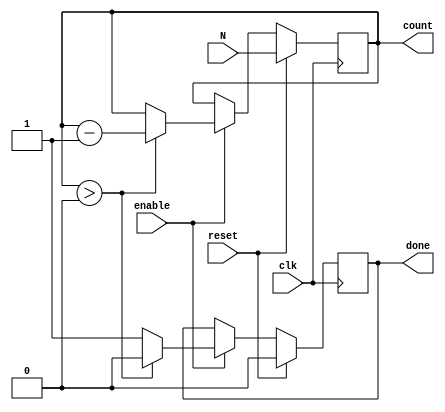
module down_counter (
    input wire clk,          // Clock signal
    input wire reset,        // Synchronous reset signal
    input wire enable,       // Enable signal for counting
    input wire [7:0] N,     // Initial value for the counter (8 bits wide)
    output reg [7:0] count,  // Current count value (8 bits wide)
    output reg done         // Done signal indicating count has reached zero
);

    // Internal register to hold the current count value
    reg [7:0] current_count;

    always @(posedge clk) begin
        // Synchronous reset
        if (reset) begin
            current_count <= N;  // Load initial value N
            done <= 1'b0;        // Reset done signal
        end else if (enable) begin
            if (current_count > 0) begin
                current_count <= current_count - 1; // Decrement the count
                done <= 1'b0;                        // Not done yet
            end else begin
                done <= 1'b1;                        // Assert done signal when count reaches zero
            end
        end
        // Hold the current count value if enable is low
    end

    // Assign current count to the count output
    always @* begin
        count = current_count;
    end

endmodule